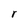
Character: r